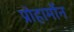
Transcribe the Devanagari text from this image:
प्रोहार्मोन